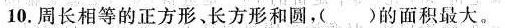
10.周长相等的正方形、长方形和圆，（ ）的面积最大。